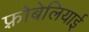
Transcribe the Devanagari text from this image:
फ़्रोबेलियाई